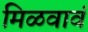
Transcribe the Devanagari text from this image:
मिळवावं